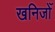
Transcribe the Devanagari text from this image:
खनिजोँ